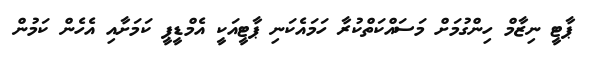
ޕާޓީ ނިޒާމް ހިންގުމަށް މަސައްކަތްކުރާ ހަމައެކަނި ޕާޓީއަކީ އެމްޑީޕީ ކަމަށާއި އެހެން ކަމުން